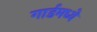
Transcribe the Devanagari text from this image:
गार्डमध्ये